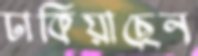
ঢাকিয়াছেন